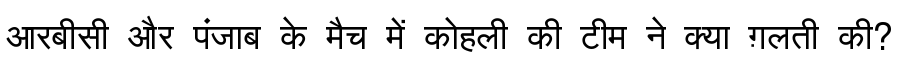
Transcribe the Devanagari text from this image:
आरबीसी और पंजाब के मैच में कोहली की टीम ने क्या ग़लती की?